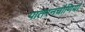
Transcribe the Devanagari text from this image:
पातरनचौणियां